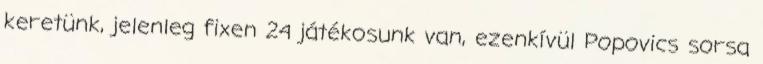
keretünk, jelenleg fixen 24 játékosunk van, ezenkívül Popovics sorsa